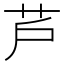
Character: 芦